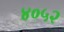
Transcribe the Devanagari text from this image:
४०५२